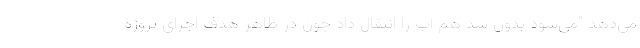
می‌دهد "می‌شود بدون سد هم آب را انتقال داد چون در ظاهر هدف اجرای پروژه